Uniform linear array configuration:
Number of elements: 64
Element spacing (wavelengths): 0.25
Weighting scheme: hamming
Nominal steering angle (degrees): -30
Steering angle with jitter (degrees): -29.836
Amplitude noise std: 0.05
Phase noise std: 0.05

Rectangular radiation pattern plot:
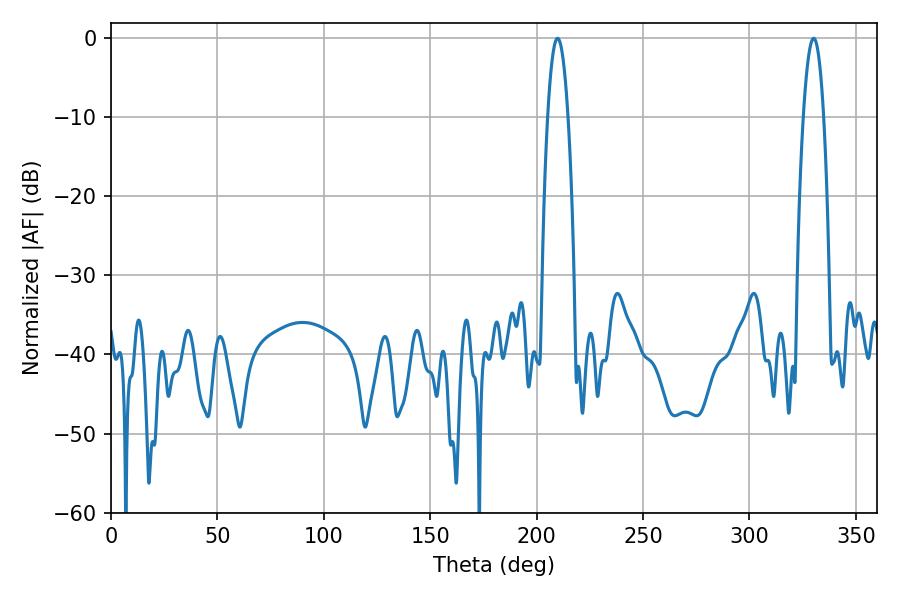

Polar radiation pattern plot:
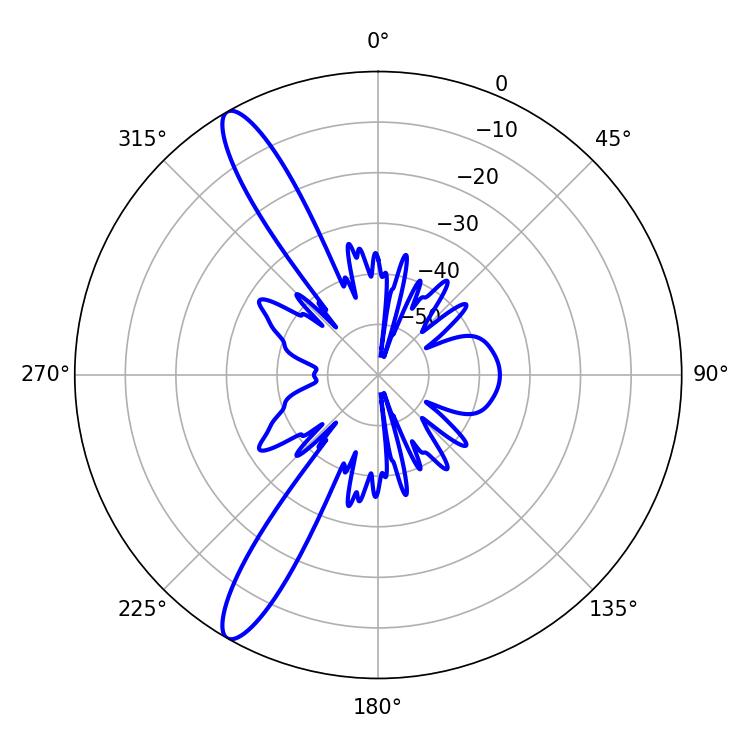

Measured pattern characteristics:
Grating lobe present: FALSE
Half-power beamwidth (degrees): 5.4
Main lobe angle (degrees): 330.12